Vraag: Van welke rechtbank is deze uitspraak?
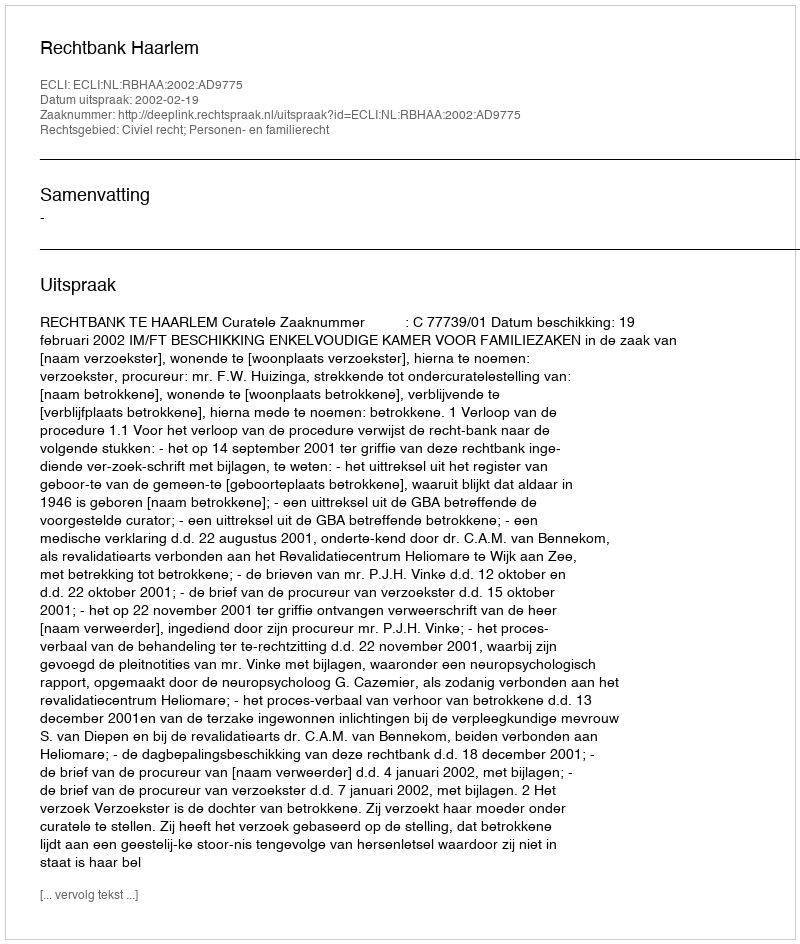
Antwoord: Rechtbank Haarlem